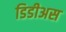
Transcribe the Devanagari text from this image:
डिडीअस